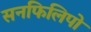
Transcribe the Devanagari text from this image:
सनफिलिपो